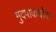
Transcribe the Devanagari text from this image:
मुदपाकचौक